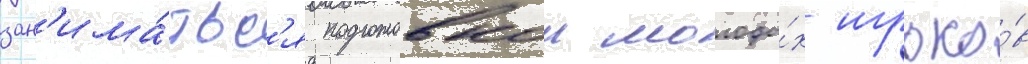
зан'има́тьс'я подготовкои молоды́х игроко́в